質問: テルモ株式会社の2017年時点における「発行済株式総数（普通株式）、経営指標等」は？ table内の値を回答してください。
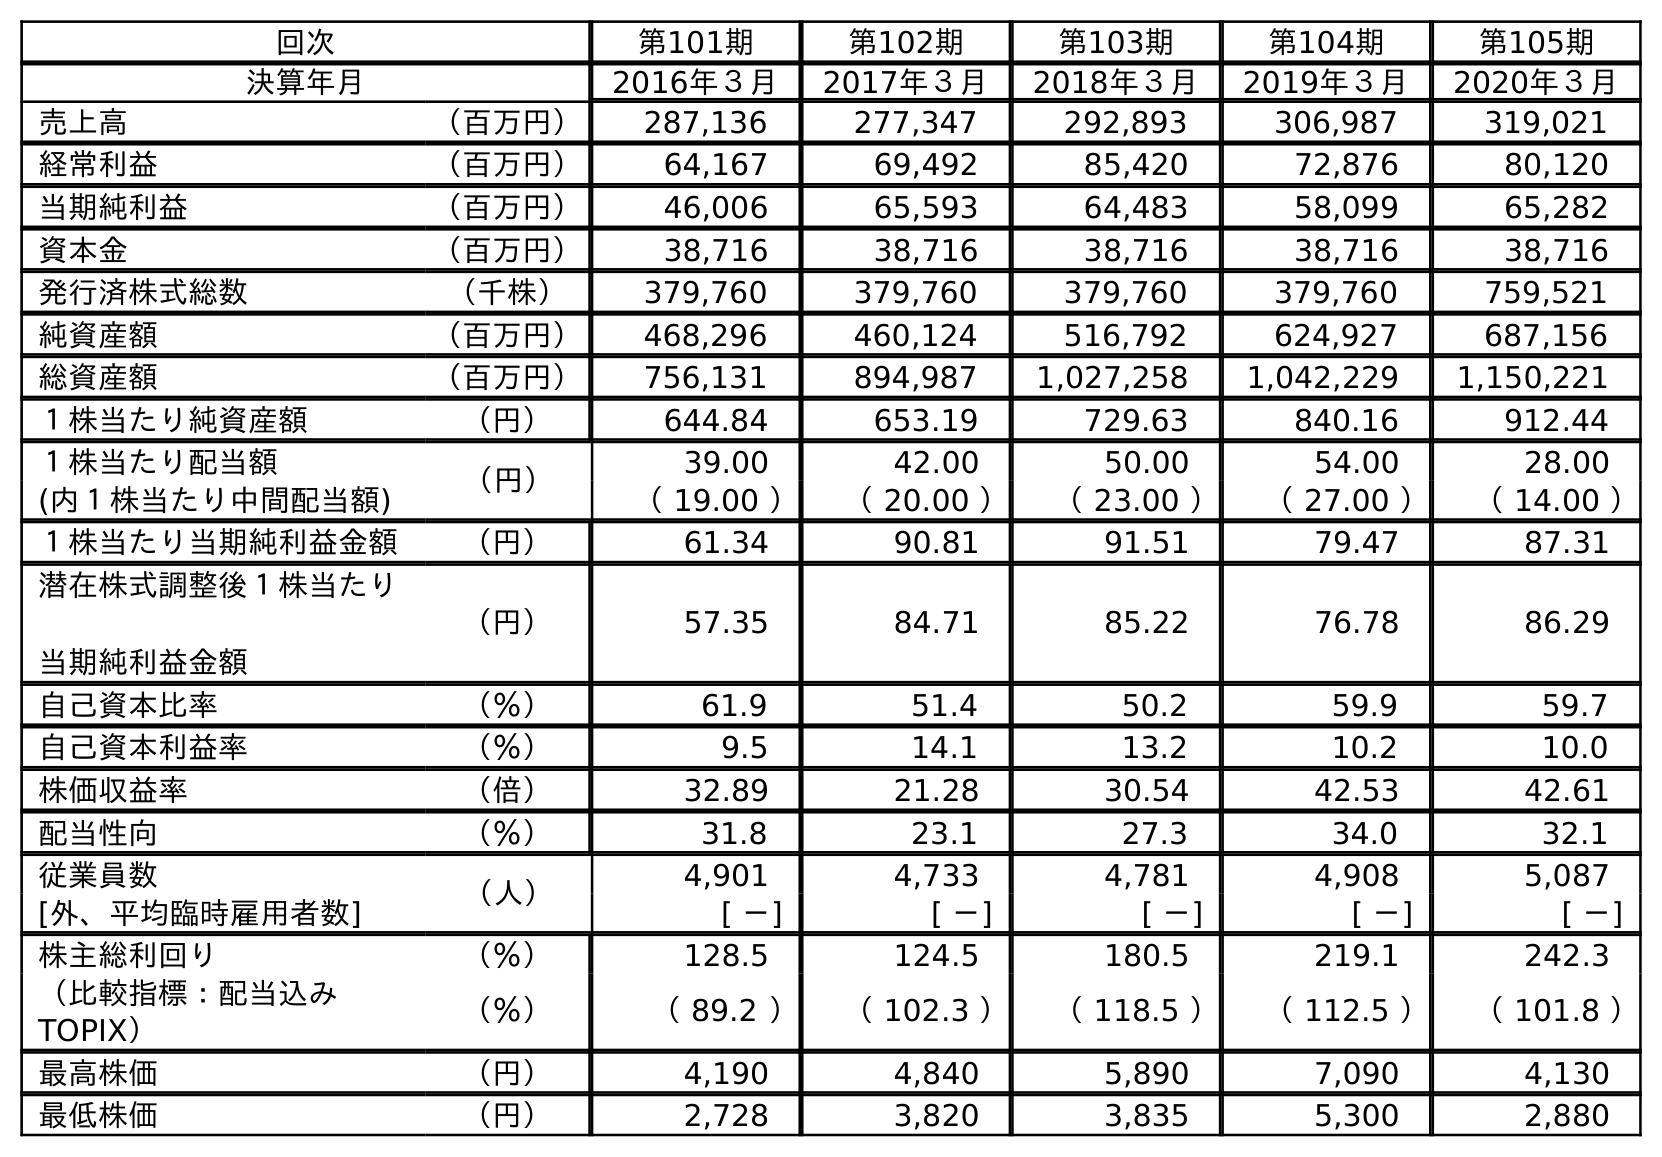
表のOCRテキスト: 回次 第101期 第102期 第103期 第104期 第105期 決算年月 2016年３月 2017年３月 2018年３月 2019年３月 2020年３月 売上高 （百万円） 287,136 277,347 292,893 306,987 319,021 経常利益 （百万円） 64,167 69,492 85,420 72,876 80,120 当期純利益 （百万円） 46,006 65,593 64,483 58,099 65,282 資本金 （百万円） 38,716 38,716 38,716 38,716 38,716 発行済株式総数 （千株） 379,760 379,760 379,760 379,760 759,521 純資産額 （百万円） 468,296 460,124 516,792 624,927 687,156 総資産額 （百万円） 756,131 894,987 1,027,258 1,042,229 1,150,221 １株当たり純資産額 （円） 644.84 653.19 729.63 840.16 912.44 １株当たり配当額 （円） 39.00 42.00 50.00 54.00 28.00 (内１株当たり中間配当額) （ 19.00 ） （ 20.00 ） （ 23.00 ） （ 27.00 ） （ 14.00 ） １株当たり当期純利益金額 （円） 61.34 90.81 91.51 79.47 87.31 潜在株式調整後１株当たり 当期純利益金額 （円） 57.35 84.71 85.22 76.78 86.29 自己資本比率 （％） 61.9 51.4 50.2 59.9 59.7 自己資本利益率 （％） 9.5 14.1 13.2 10.2 10.0 株価収益率 （倍） 32.89 21.28 30.54 42.53 42.61 配当性向 （％） 31.8 23.1 27.3 34.0 32.1 従業員数 （人） 4,901 4,733 4,781 4,908 5,087 [外、平均臨時雇用者数] [ －] [ －] [ －] [ －] [ －] 株主総利回り （％） 128.5 124.5 180.5 219.1 242.3 （比較指標：配当込み TOPIX） （％） （ 89.2 ） （ 102.3 ） （ 118.5 ） （ 112.5 ） （ 101.8 ） 最高株価 （円） 4,190 4,840 5,890 7,090 4,130 最低株価 （円） 2,728 3,820 3,835 5,300 2,880
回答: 379,760